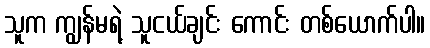
သူက ကျွန်မရဲ့ သူငယ်ချင်း ကောင်း တစ်ယောက်ပါ။